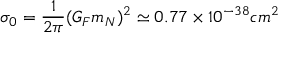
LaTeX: \sigma _ { 0 } = \frac { 1 } { 2 \pi } ( G _ { F } m _ { N } ) ^ { 2 } \simeq 0 . 7 7 \times 1 0 ^ { - 3 8 } c m ^ { 2 }